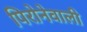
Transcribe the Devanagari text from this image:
पिरोनेवाली